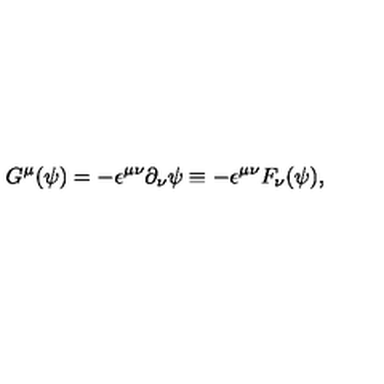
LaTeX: G ^ { \mu } ( \psi ) = - { \epsilon } ^ { { \mu } { \nu } } { \partial } _ { \nu } { \psi } \equiv - { \epsilon } ^ { { \mu } { \nu } } F _ { \nu } ( { \psi } ) ,